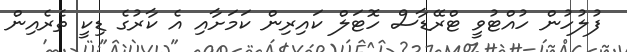
ފުލުހުން ހުއްޓުވީ ޓްރޭޑާސް ހޮޓަލް ކައިރިން ކަމަށާއި އެ ކާރުގެ ޑިކީ ތެރެއިން